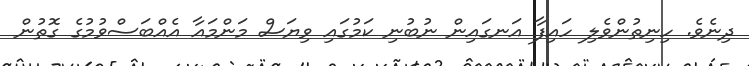
ދިނެވެ. ހިނިތުންވެލި ހައިފާ އަނގައިން ނުބުނި ކަމުގައި ވިޔަސް މަންމައާ އެއްބަސްވުމުގެ ގޮތުން